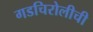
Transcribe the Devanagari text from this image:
गडचिरोलीची